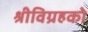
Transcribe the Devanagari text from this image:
श्रीविग्रहको